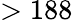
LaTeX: >188